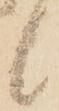
候